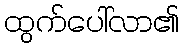
ထွက်ပေါ်လာ၏